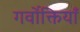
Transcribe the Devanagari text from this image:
गर्वोक्तियाँ